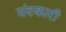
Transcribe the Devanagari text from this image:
मंदकारी